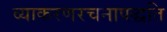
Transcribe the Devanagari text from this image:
व्याकरणरचनापद्धति